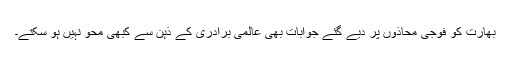
بھارت کو فوجی محاذوں پر دیے گئے جوابات بھی عالمی برادری کے ذہن سے کبھی محو نہیں ہو سکتے۔